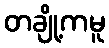
တချို့ကမူ